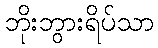
ဘိုးဘွားရိပ်သာ